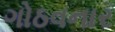
ગોઠવનાર